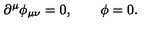
\partial ^ { \mu } \phi _ { \mu \nu } = 0 , \qquad \phi = 0 .